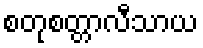
စတုစတ္တာလီသာယ